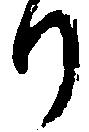
り